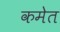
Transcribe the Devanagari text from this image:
कमेत